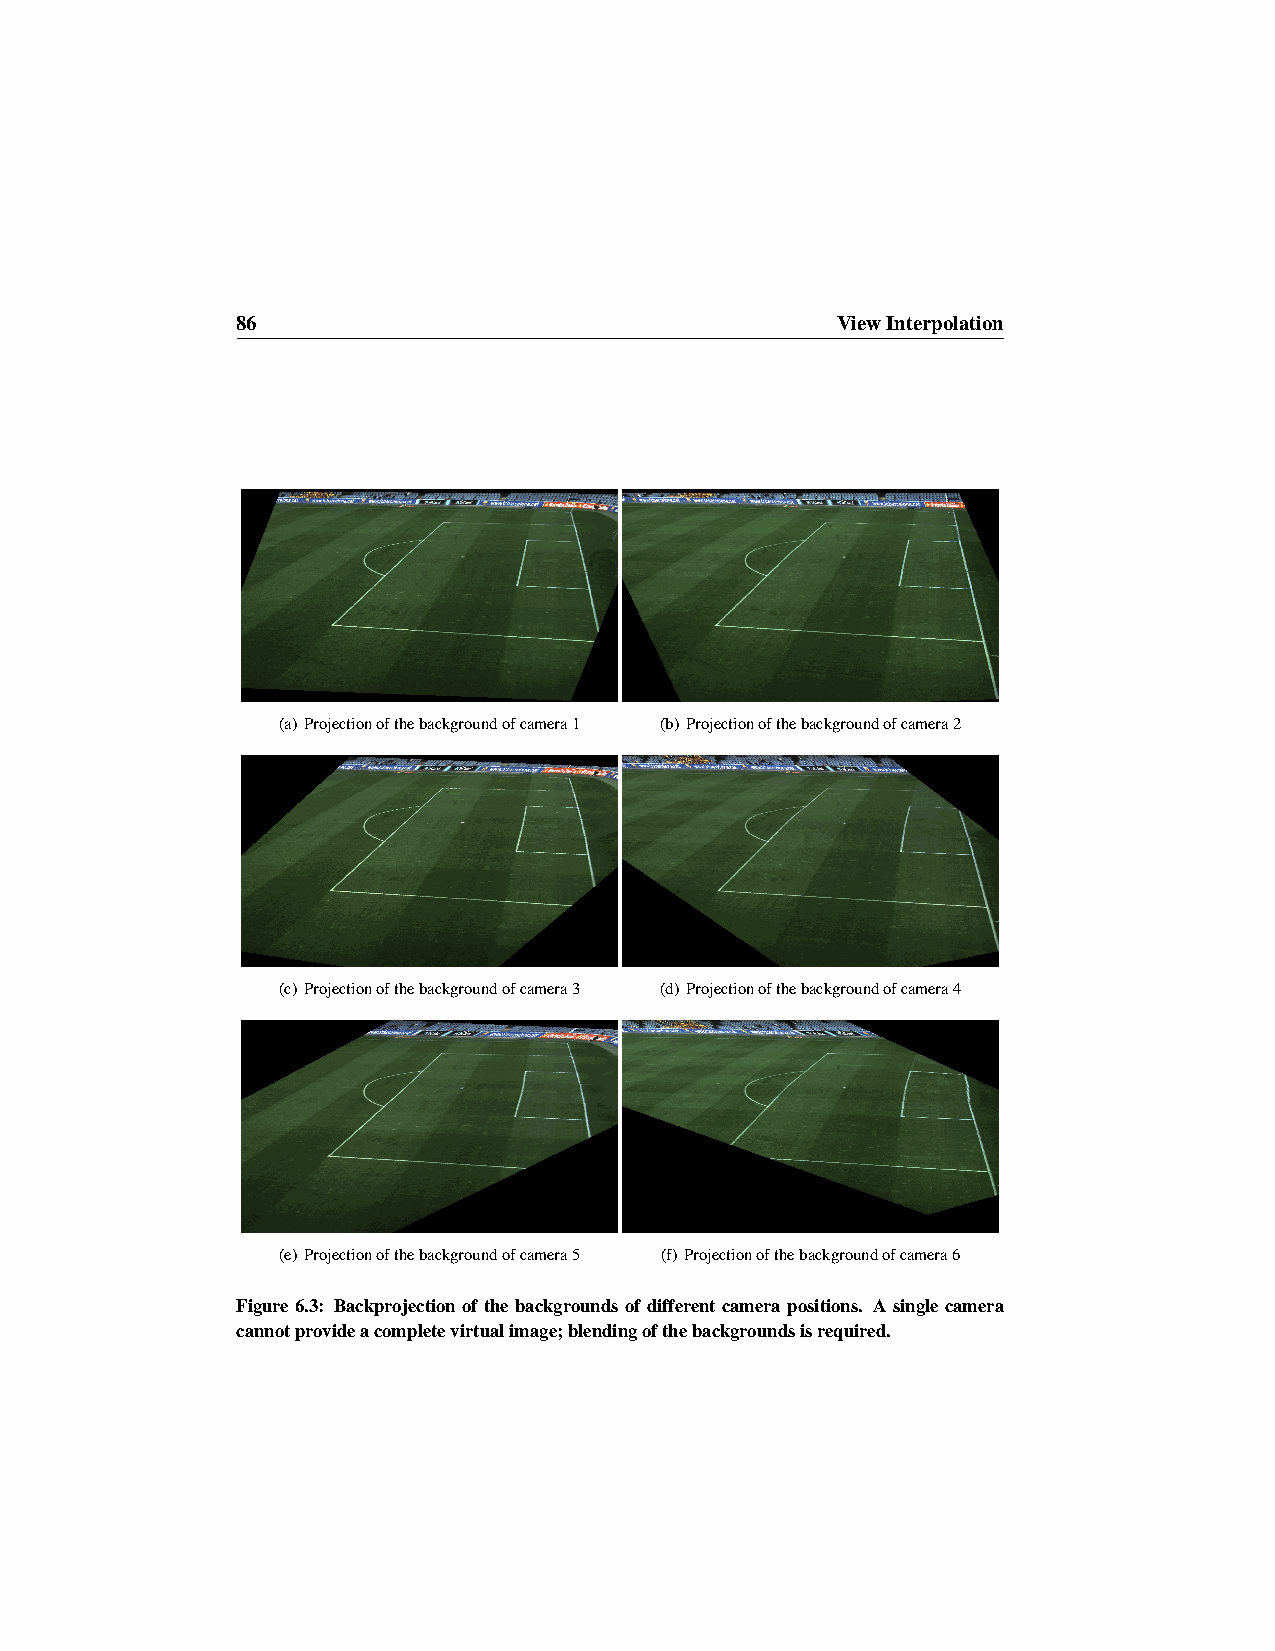
86                                     ViewInterpolation
 (a) Projectionofthebackgroundofcamera1 (b) Projectionofthebackgroundofcamera2
 (c) Projectionofthebackgroundofcamera3 (d) Projectionofthebackgroundofcamera4
 (e) Projectionofthebackgroundofcamera5 (f) Projectionofthebackgroundofcamera6
 Figure 6.3: Backprojection of the backgrounds of different camera positions. A single camera
 cannotprovideacompletevirtualimage;blendingofthebackgroundsisrequired.